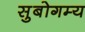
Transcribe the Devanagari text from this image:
सुबोगम्य